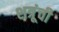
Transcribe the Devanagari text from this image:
शत्रूंची